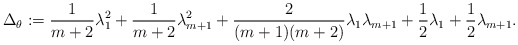
\begin{align*}\Delta_\theta := \frac{1}{m+2} \lambda_1^2 + \frac{1}{m+2} \lambda_{m+1}^2 + \frac{2}{(m+1)(m+2)} \lambda_1 \lambda_{m+1} + \frac{1}{2} \lambda_1 + \frac{1}{2} \lambda_{m+1}.\end{align*}